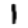
Digit: 1